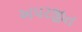
અપરજીત